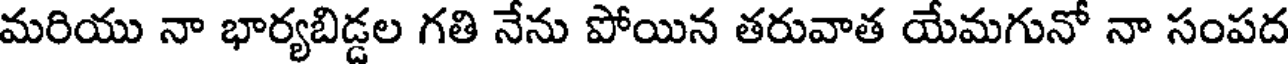
మరియు నా భార్యబిడ్డల గతి నేను పోయిన తరువాత యేమగునో నా సంపద